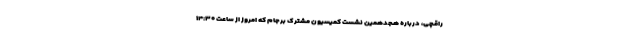
راقچی، درباره هجدهمین نشست کمیسیون مشترک برجام که امروز از ساعت ۱۴:۳۰